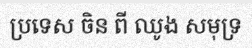
ប្រទេស ចិន ពី ឈូង សមុទ្រ